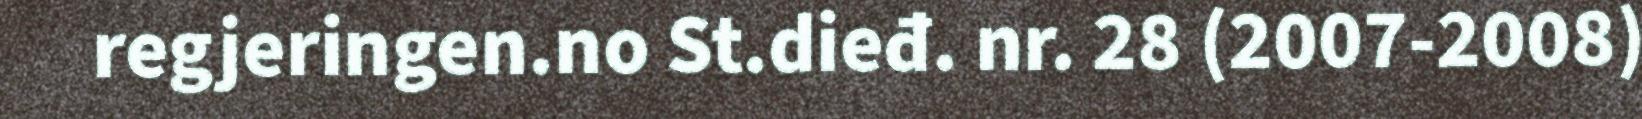
regjeringen.no St.dieđ. nr. 28 (2007-2008)